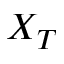
X _ { T }